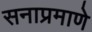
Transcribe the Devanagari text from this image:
सनाप्रमाणे